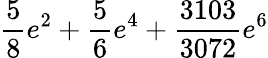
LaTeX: \frac{5}{8}e^{2}+\frac{5}{6}e^{4}+\frac{3103}{3072}e^{6}